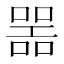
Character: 噐